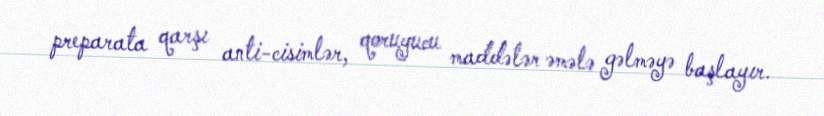
preparata qarşı anti-cisimlər, qoruyucu maddələr əmələ gəlməyə başlayır.